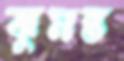
ঝুমন্ত